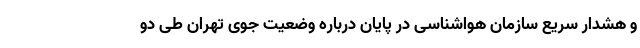
و هشدار سریع سازمان هواشناسی در پایان درباره وضعیت جوی تهران طی دو